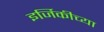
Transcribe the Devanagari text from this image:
इर्जिकीच्या